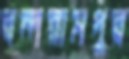
বন্দরামপুর